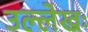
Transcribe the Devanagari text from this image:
उल्लेखः